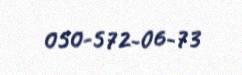
050-572-06-73